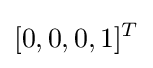
[0,0,0,1]^{T}